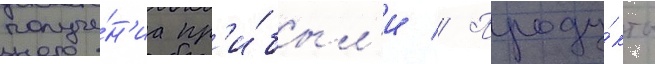
получе́н'иа пр'и́был'и // Проду́кты